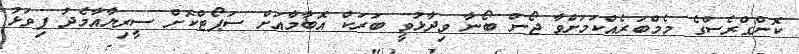
ކޮންގްރެސްގެ މެމްބަރެއްކަމަށްވާ ޖޯން ބޯނާ ވިދާޅުވީ ބަރަކް އޮބާމާއަށް ސަޕޯޓްކޮށް ސީރިޔާއާމެދު ފިވަޅު